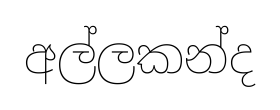
අල්ලකන්ද